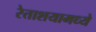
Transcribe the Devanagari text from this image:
रेताशयामध्ये